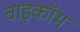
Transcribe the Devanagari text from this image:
वाइकॉम